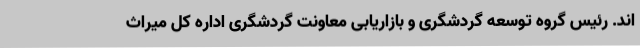
اند. رئیس گروه توسعه گردشگری و بازاریابی معاونت گردشگری اداره کل میراث